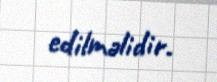
edilməlidir.